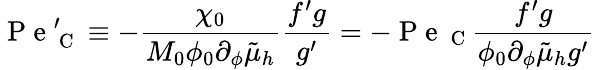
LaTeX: \mathrm{~P~e~}_{\mathrm{~C~}}^{\prime}\equiv-\frac{\chi_{0}}{M_{0}\phi_{0}\partial_{\phi}\tilde{\mu}_{h}}\frac{f^{\prime}g}{g^{\prime}}=-\mathrm{~P~e~}_{\mathrm{~C~}}\frac{f^{\prime}g}{\phi_{0}\partial_{\phi}\tilde{\mu}_{h}g^{\prime}}